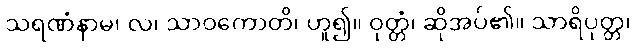
သရဏံနာမ၊ လ၊ သာဝကောတိ၊ ဟူ၍။ ဝုတ္တံ၊ ဆိုအပ်၏။ သာရိပုတ္တ၊